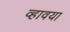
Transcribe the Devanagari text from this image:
व्हावया